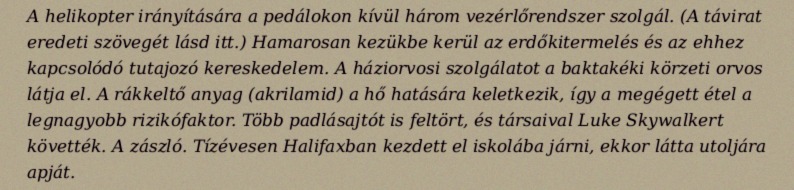
A helikopter irányítására a pedálokon kívül három vezérlőrendszer szolgál. (A távirat eredeti szövegét lásd itt.) Hamarosan kezükbe kerül az erdőkitermelés és az ehhez kapcsolódó tutajozó kereskedelem. A háziorvosi szolgálatot a baktakéki körzeti orvos látja el. A rákkeltő anyag (akrilamid) a hő hatására keletkezik, így a megégett étel a legnagyobb rizikófaktor. Több padlásajtót is feltört, és társaival Luke Skywalkert követték. A zászló. Tízévesen Halifaxban kezdett el iskolába járni, ekkor látta utoljára apját.